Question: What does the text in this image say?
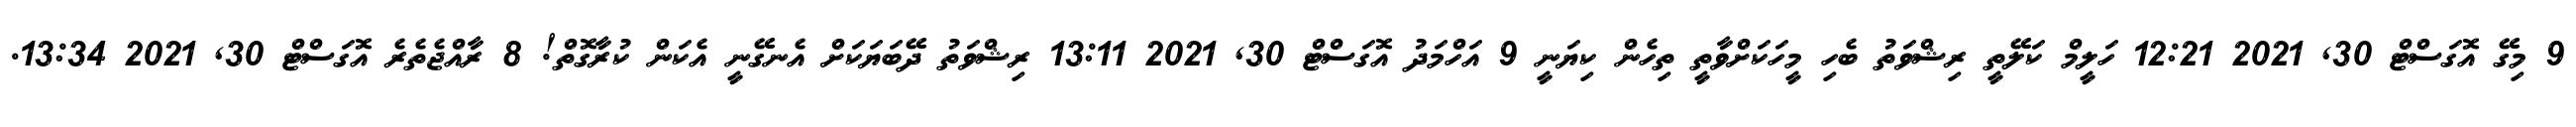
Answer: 9 މިގޭ އޮގަސްޓް 30, 2021 12:21 ހަލީމް ކަލޭތީ ރިޝްވަތު ބެހި މީހަކަށްވާތީ ތިހެން ކިޔަނީ 9 އަހްމަދު އޮގަސްޓް 30, 2021 13:11 ރިޝްވަތު ދޭބަޔަކަށް އެނގޭނީ އެކަން ކުރާގޮތް! 8 ރާއްޖެތެރެ އޮގަސްޓް 30, 2021 13:34.